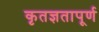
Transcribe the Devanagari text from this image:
कृतज्ञतापूर्ण